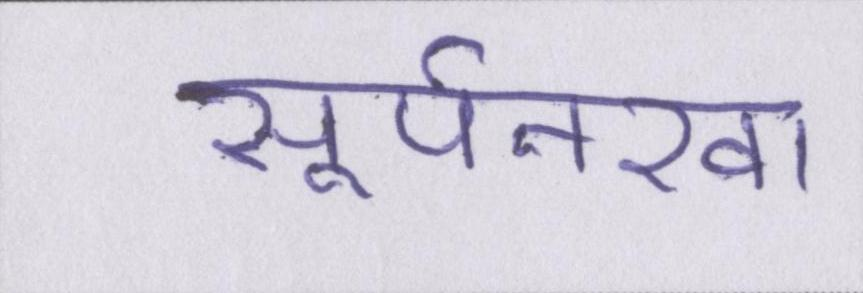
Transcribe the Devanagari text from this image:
सूर्पनखा